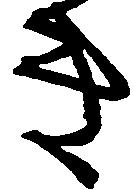
き